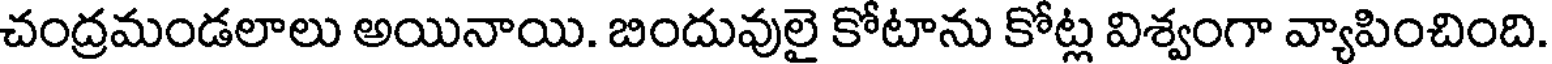
చంద్రమండలాలు అయినాయి. బిందువులై కోటాను కోట్ల విశ్వంగా వ్యాపించింది.